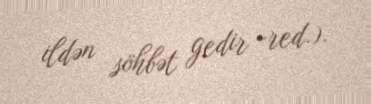
ildən söhbət gedir -red.).